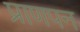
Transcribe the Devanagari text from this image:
प्राणपन